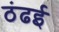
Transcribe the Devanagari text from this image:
ठंढई